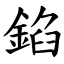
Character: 錎